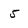
Character: 5